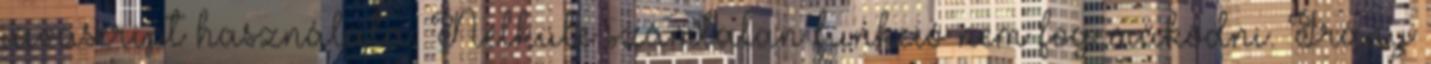
javascript használata. Nélküle számtalan funkció nem fog működni. Irány